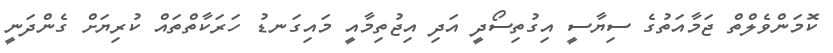
ކޮމަންވެލްތް ޖަމާއަތުގެ ސިޔާސީ އިގުތިސޯދީ އަދި އިޖުތިމާއީ މައިގަނޑު ހަރަކާތްތައް ކުރިޔަށް ގެންދަނީ